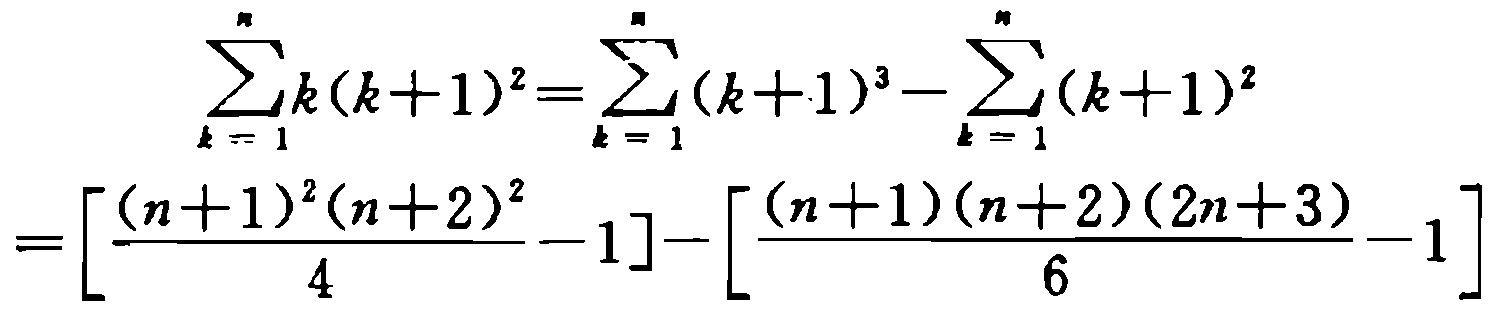
\[

\begin{align*}

\sum_{k = 1}^{n}k(k + 1)^{2}&=\sum_{k = 1}^{n}(k + 1)^{3}-\sum_{k = 1}^{n}(k + 1)^{2}\\

&=\left[\frac{(n + 1)^{2}(n + 2)^{2}}{4}-1\right]-\left[\frac{(n + 1)(n + 2)(2n + 3)}{6}-1\right]

\end{align*}

\]